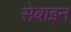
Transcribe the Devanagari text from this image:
सेबाइन